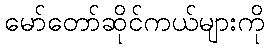
မော်တော်ဆိုင်ကယ်များကို